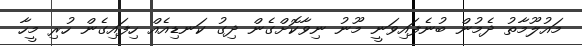
މައުލޫމާތު ދެމުން ބުނެފައިވަނީ މޫނު ނިވާކޮށްގެން ދިގު ކަނޑިއެއް ހިފައިގެން ހުރި މީހާ